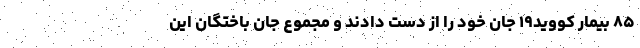
۸۵ بیمار کووید۱۹ جان خود را از دست دادند و مجموع جان باختگان این